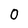
Character: 0